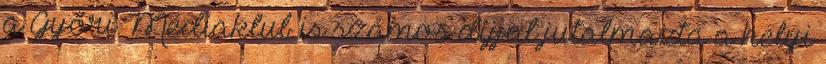
a Győri Médiaklub is számos díjjal jutalmazta a helyi